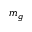
m _ { g }